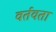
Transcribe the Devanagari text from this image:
वर्तवता